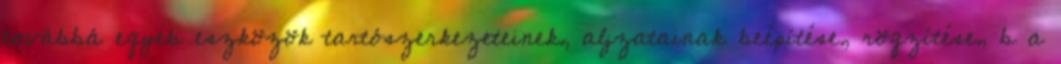
továbbá egyéb eszközök tartószerkezeteinek, aljzatainak beépítése, rögzítése, b a